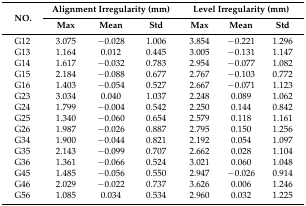
| <ROWSPAN=2> NO. | <COLSPAN=3> Alignment Irregularity (mm) | <COLSPAN=3> Level Irregularity (mm) |
 | Max | Mean | Std | Max | Mean | Std |
 | --- | --- | --- | --- | --- | --- | --- |
 | G12 | 3.075 | −0.028 | 1.006 | 3.854 | −0.221 | 1.296 |
 | G13 | 1.164 | 0.012 | 0.445 | 3.005 | −0.131 | 1.147 |
 | G14 | 1.617 | −0.032 | 0.783 | 2.954 | −0.077 | 1.082 |
 | G15 | 2.184 | −0.088 | 0.677 | 2.767 | −0.103 | 0.772 |
 | G16 | 1.403 | −0.054 | 0.527 | 2.667 | −0.071 | 1.123 |
 | G23 | 3.034 | 0.040 | 1.037 | 2.248 | 0.089 | 1.062 |
 | G24 | 1.799 | −0.004 | 0.542 | 2.250 | 0.144 | 0.842 |
 | G25 | 1.340 | −0.060 | 0.654 | 2.579 | 0.118 | 1.161 |
 | G26 | 1.987 | −0.026 | 0.887 | 2.795 | 0.150 | 1.256 |
 | G34 | 1.900 | −0.044 | 0.821 | 2.192 | 0.054 | 1.097 |
 | G35 | 2.143 | −0.099 | 0.707 | 2.662 | 0.028 | 1.104 |
 | G36 | 1.361 | −0.066 | 0.524 | 3.021 | 0.060 | 1.048 |
 | G45 | 1.485 | −0.056 | 0.550 | 2.947 | −0.026 | 0.914 |
 | G46 | 2.029 | −0.022 | 0.737 | 3.626 | 0.006 | 1.246 |
 | G56 | 1.085 | 0.034 | 0.534 | 2.960 | 0.032 | 1.225 |